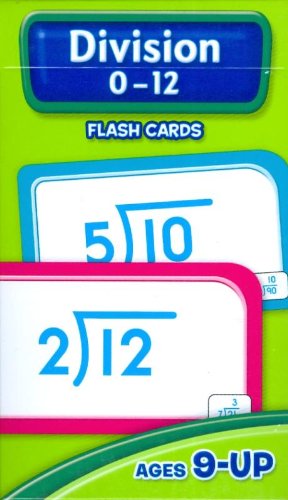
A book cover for Division 0-12 Flash Cards; School Zone Publishing Company Staff; Children's Books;